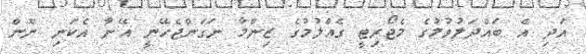
އަދި އެ ބައްދަލުވުމުގެ މެޖޯރިޓީ ގެއްލުމުގެ ޒިންމާ ނަގަންޖެހޭނީ އޭނާ އެކަނި ނޫން